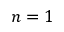
n = 1